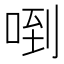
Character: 𠴼